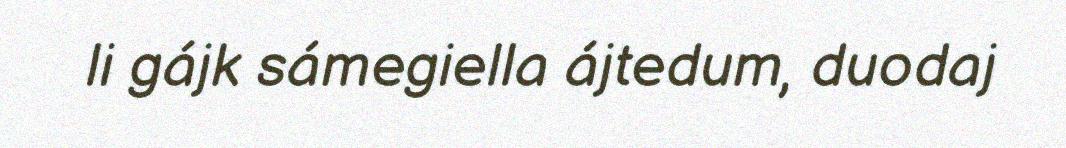
li gájk sámegiella ájtedum, duodaj